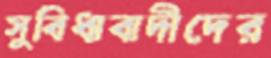
সুবিধাবাদীদের